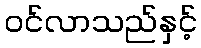
ဝင်လာသည်နှင့်